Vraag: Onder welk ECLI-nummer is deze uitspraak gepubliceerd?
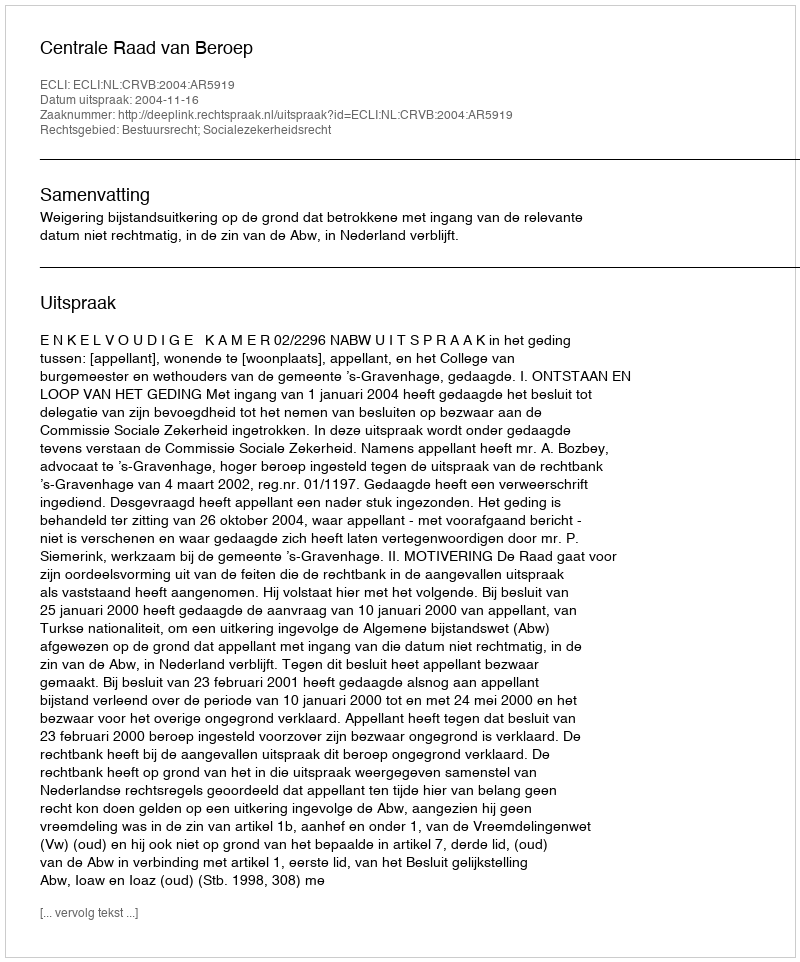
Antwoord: ECLI:NL:CRVB:2004:AR5919